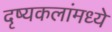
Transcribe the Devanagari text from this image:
दृष्यकलांमध्ये